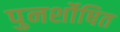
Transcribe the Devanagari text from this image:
पुनर्शोषित